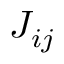
J _ { i j }